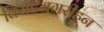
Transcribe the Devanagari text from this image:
विराटनगरीहून